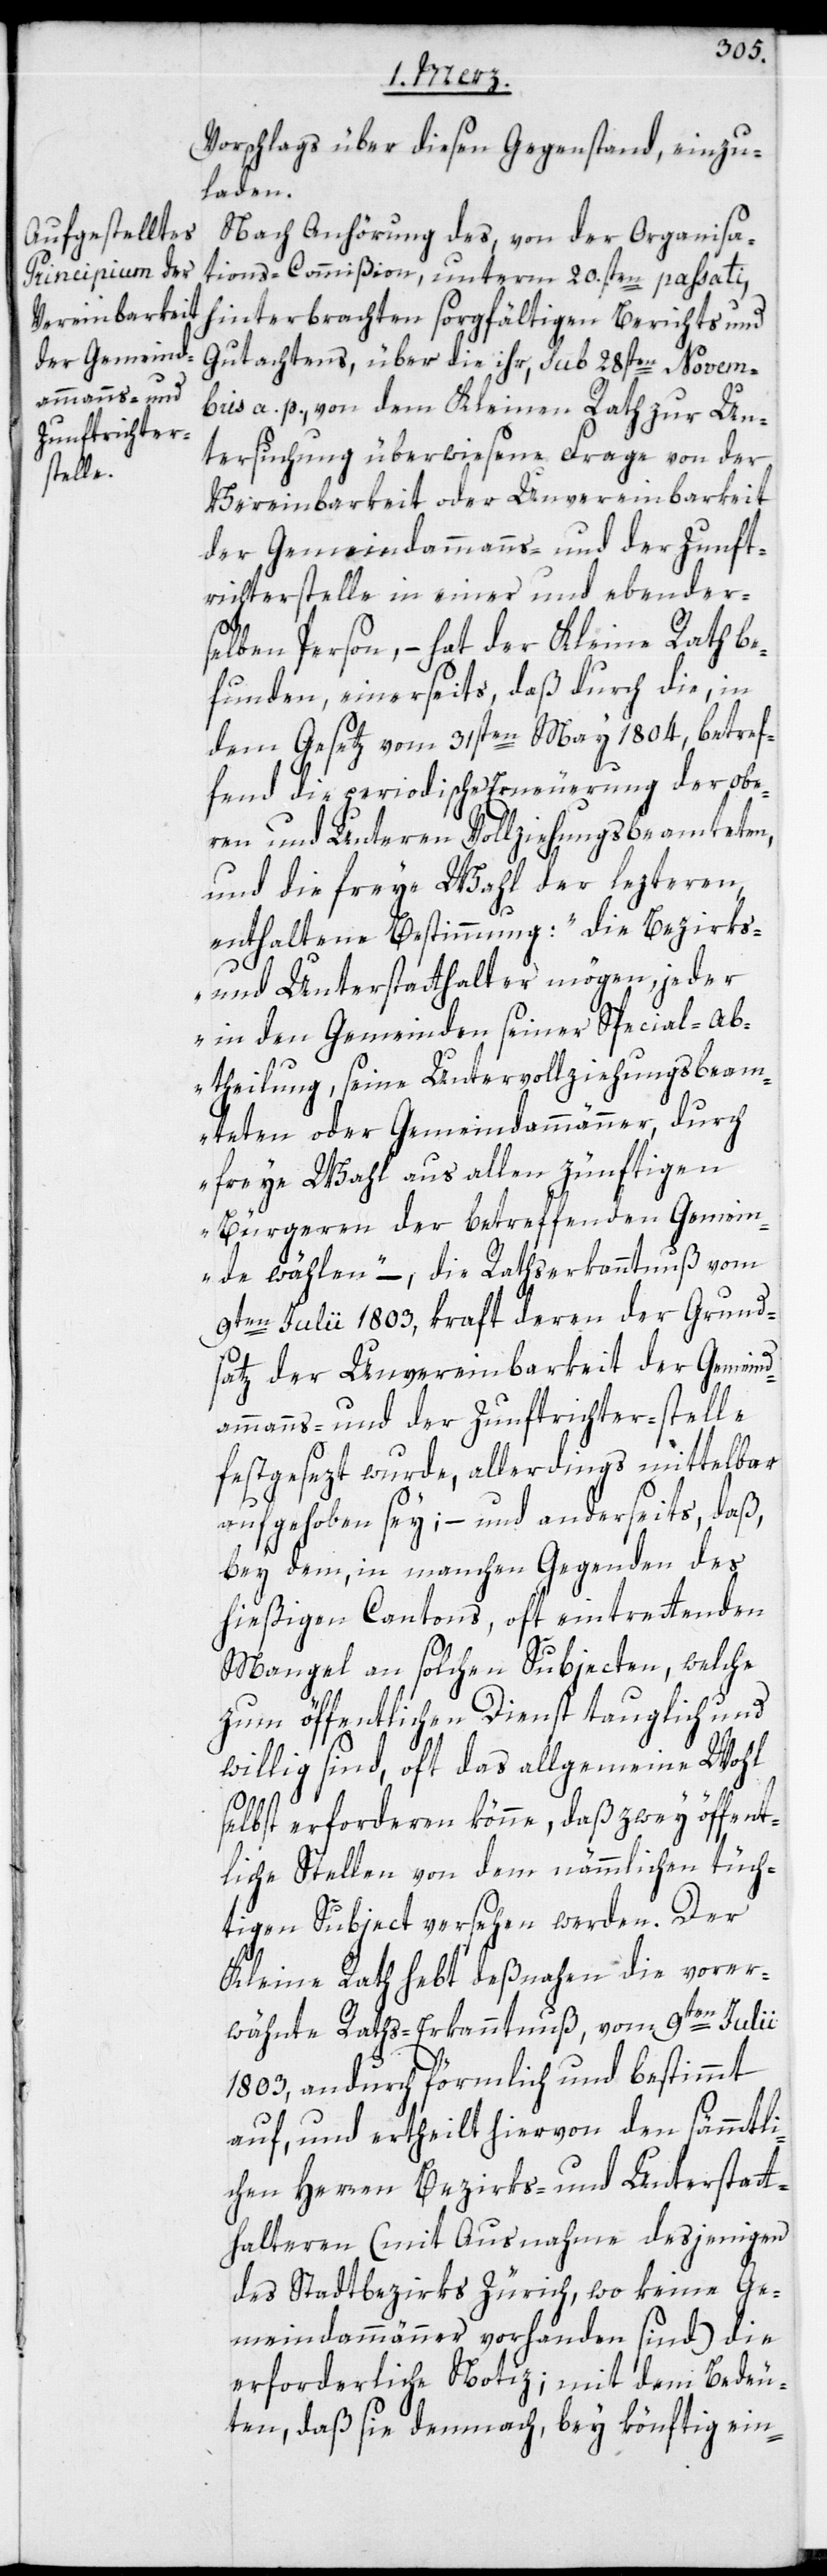
vorschlags über diesen Gegenstand einzu¬
laden.
Nach Anhörung des, von der Organisa¬
tions-Commißion, unterm 20.sten passati,
hinterbrachten sorgfältigen Berichts und
Gutachtens, über die ihr, sub 28sten Novem¬
bris a. p., von dem Kleinen Rath zur Un¬
tersuchung überwiesene Frage von der
Vereinbarkeit oder Unvereinbarkeit
der Gemeindammanns- und der Zunft¬
richterstelle in einer und ebender¬
selben Person, – hat der Kleine Rath be¬
funden, einerseits, daß durch die, in
dem Gesetz vom 31sten May 1804, betref¬
fend die periodische Erneuerung der obe¬
ren und Unteren Vollziehungsbeamteten,
und die freye Wahl der lezeren
enthaltene Bestimmung: „die Bezirks-
und Unterstatthalter mögen, jeder
in den Gemeinden seiner Special-Ab¬
theilung, seine Untervollziehungsbeam¬
teten oder Gemeindammänner, durch
freye Wahl aus allen zünftigen
Bürgeren der betreffenden Gemein¬
de wählen,“ – die Rathserkanntnuß vom
9ten Julii 1803, kraft deren der Grund¬
satz der Unvereinbarkeit der Gemeind¬
ammanns- und der Zunftrichter-stelle
festgesezt wurde, allerdings mittelbar
aufgehoben sey, – und anderseits, daß,
bey dem, in manchen Gegenden des
hießigen Cantons, oft eintrettenden
Mangel an solchen Subjecten, welche
zum öffentlichen Dienst tauglich und
willig sind, oft das allgemeine Wohl
selbst erforderen könne, daß zwey öffent¬
liche Stellen von dem nämmlichen tüch¬
tigen Subject versehen werden. Der
Kleine Rath hebt deßnahen die vorer¬
wähnte Raths-Erkanntnuß, vom 9ten Julii
1803, andurch förmlich und bestimmt
auf, und ertheilt hiervon den sämmtli¬
chen Herren Bezirks- und Unterstatt¬
halteren (mit Ausnahme desjenigen
des Stadtbezirks Zürich, wo keine Ge¬
meindammänner vorhanden sind) die
erforderliche Notiz; mit dem Bedeu¬
ten, daß sie demnach, bey könftig ein-